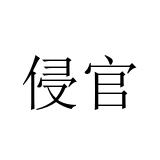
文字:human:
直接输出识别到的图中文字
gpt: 侵官